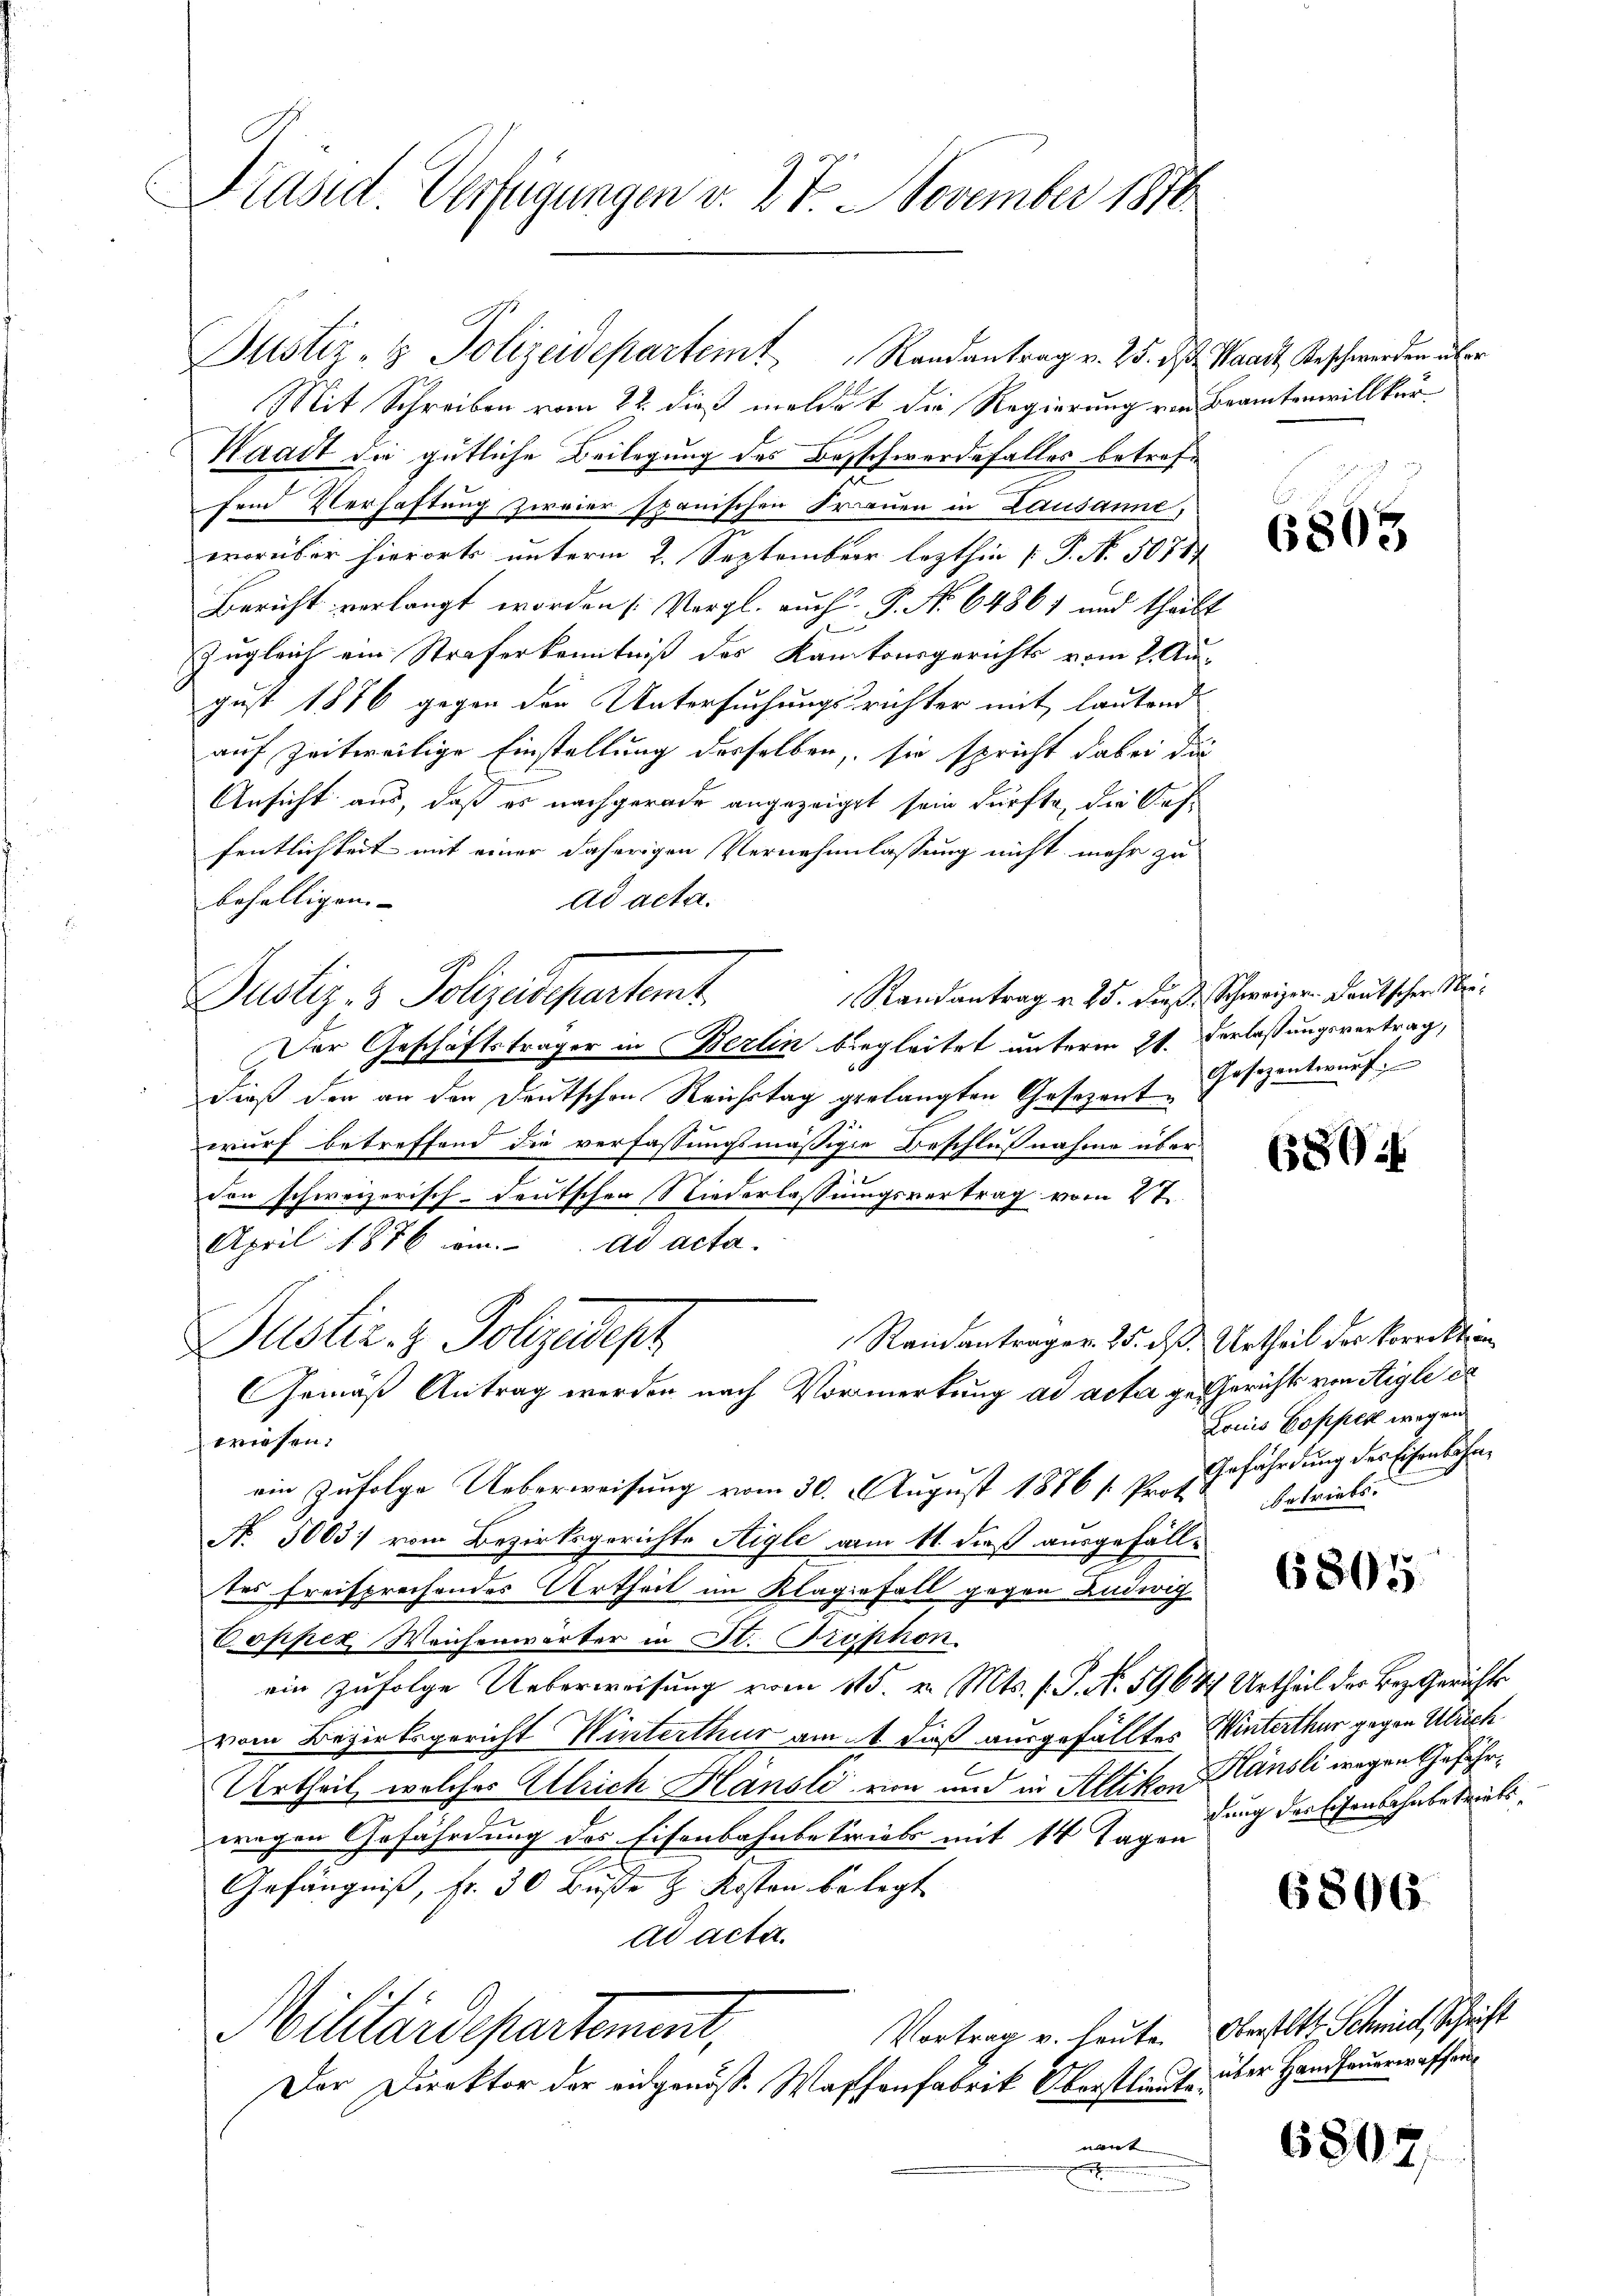
Präsid. Verfügungen v. 27. November 1870

Mit Schreiben vom 22. dieß meldet die Regierung von Beamtenwillkür¬
Waadt die gütliche Beilegung des Beschwerdefalles betreffend Verhaftung zweier stanischen Frauen in Lausanne,
worüber hierorts unterm 2. September lezthin 1 P. N. 50787
Bericht verlangt worden (Vergl. auch P. No 6486) und theilt
Zugleich ein Straferkenntniß des Kantonsgerichts vom 2. August 1876 gegen den Untersuchungsrichter mit lautend
auf zeitweilige Einstellung desselben, sie spricht dabei die
Ansicht aus, daß es nachgerade angezeigt sein dürfte, die Auffentlichkeit mit einer daherigen Vernehmlassung nicht mehr zu
behältigen- |
ad acta.
Randantrag v. 25. dieß. Schweizer Deutscher Ne¬
Justiz- & Polizeidepartemt.
Der Geschäftsträger in Berlin biegleitet unterm 21. Verlassungsvertrag,
daß der an den Deutschen Reichstag gelangten Gesezent Gesezentwurf.
wurf betreffend die verfassungsmäßige Beschlußnahme über-
von schweizerisch-deutschen Niederlassungsvertrag vom 21.
April 1876 am ad acta.
Reinanträger 25. dß. Urtheil der Vorrekt in
Justiz- & Polizedeph
Gemäß Antrag werden nach Vormerkung ad acta ge-Gericht von Stigle da
wiesen.
ein zufolge Ueberweisung vom 30. August 1876 /: Prot. Schriebe
No. 5003 vom Bezirksgerichte Aigle vom 11. dieß ausgefälltes Freisprechendes Urtheil im Klagefall gegen Ludwig
Coppel Weichenwärter in St. Prophon
ein zufolge Ueberweisung vom 115. v. Mts. f. P. N. 59647 Urtheil der Bez. Gerichts
vom Bezirksgericht Winterthur am 1 dieß ausgefälltes Winterthur gegen Ulrich
Urtheil, welches Ullrich Hansli von und in Altikon Hänsli wegen Gefährwegen Gefährdung des Eisenbahnbetriebs mit 14 Tagen
Gefängniß, fr. 30 Buße & Kosten belegt
ad acta.
Vortrag v. heute. Oberstatt. Schmid, Schrift
Militärdepartement,
Der Direktor der eidgenöß- Waffenfabrik Überstlieute.
nant
E

Justiz- & Polizeideparteit Randantrag v. 25. ds. Waadt, Beschwerden über

6863

680:

Louis Dopper wegen
Gefährdung des Eisenbahn¬

6805

dung der Eisenbahnbetriebs

6806.

über Hand feuerwaffen

6807